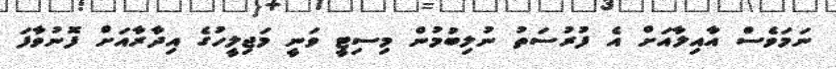
ނަމަވެސް އާއިލާއަށް އެ ފުރުސަތު ނުލިބުމުން މިސިޓީ ވަނީ މަޖިލީހުގެ އިދާރާއަށް ފޮނުވާފަ